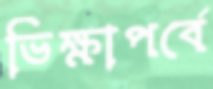
ভিক্ষাপর্বে